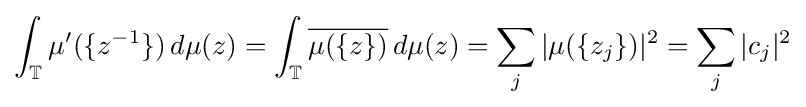
\int _{\mathbb {T} }\mu '(\{z^{-1}\})\,d\mu (z)=\int _{\mathbb {T} }{\overline {\mu (\{z\})}}\,d\mu (z)=\sum _{j}|\mu (\{z_{j}\})|^{2}=\sum _{j}|c_{j}|^{2}